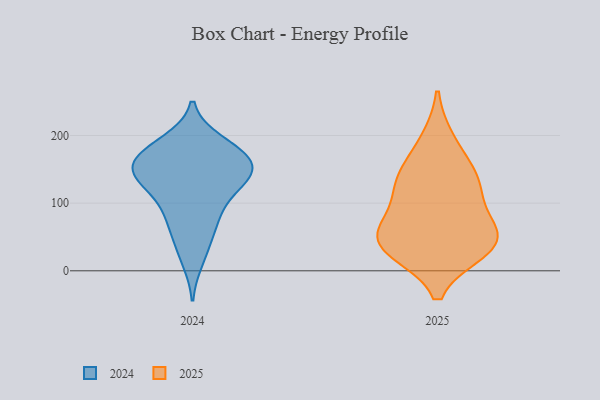
{"axis": {"x": "Active Users", "y": "Value"}, "legend": ["2024", "2025"], "data": [{"x": "", "y": 40, "type": "2025"}, {"x": "", "y": 85, "type": "2025"}, {"x": "", "y": 48, "type": "2025"}, {"x": "", "y": 50, "type": "2025"}, {"x": "", "y": 141, "type": "2025"}, {"x": "", "y": 32, "type": "2025"}, {"x": "", "y": 126, "type": "2025"}, {"x": "", "y": 191, "type": "2025"}, {"x": "", "y": 40, "type": "2025"}, {"x": "", "y": 131, "type": "2025"}, {"x": "", "y": 173, "type": "2024"}, {"x": "", "y": 141, "type": "2024"}, {"x": "", "y": 163, "type": "2024"}, {"x": "", "y": 70, "type": "2024"}, {"x": "", "y": 89, "type": "2024"}, {"x": "", "y": 190, "type": "2024"}, {"x": "", "y": 76, "type": "2024"}, {"x": "", "y": 116, "type": "2024"}, {"x": "", "y": 16, "type": "2024"}, {"x": "", "y": 41, "type": "2024"}, {"x": "", "y": 138, "type": "2024"}, {"x": "", "y": 148, "type": "2024"}, {"x": "", "y": 179, "type": "2024"}, {"x": "", "y": 124, "type": "2024"}, {"x": "", "y": 155, "type": "2024"}, {"x": "", "y": 184, "type": "2024"}, {"x": "", "y": 155, "type": "2024"}, {"x": "", "y": 140, "type": "2024"}]}